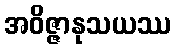
အဝိဇ္ဇာနုသယဿ